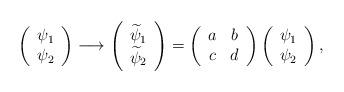
LaTeX: \begin{align*}\left(\begin{array}{c} \psi_1\\ \psi_2 \end{array}\right)\longrightarrow\left(\begin{array}{c} \widetilde\psi_1\\ \widetilde\psi_2 \end{array}\right)=\left(\begin{array}{c}a\\c\end{array}\begin{array}{cc}b\\d\end{array}\right)\left(\begin{array}{c} \psi_1\\ \psi_2 \end{array}\right),\end{align*}